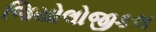
જિયોલોજીકલ